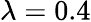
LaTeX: \lambda=0.4